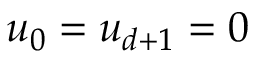
u _ { 0 } = u _ { d + 1 } = 0